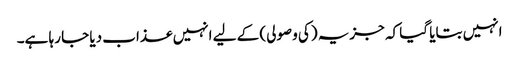
انہیں بتایا گیا کہ جزیہ (کی وصولی) کے لیے انہیں عذاب دیا جا رہا ہے۔